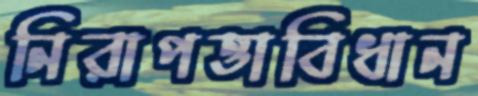
নিরাপত্তাবিধান